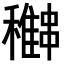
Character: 𥣽